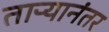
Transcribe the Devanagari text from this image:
ताऱ्यानंतर